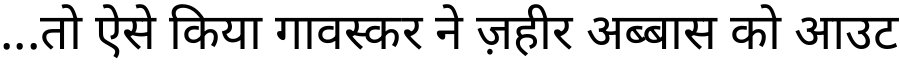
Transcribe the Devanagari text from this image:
...तो ऐसे किया गावस्कर ने ज़हीर अब्बास को आउट